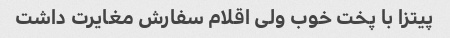
پیتزا با پخت خوب ولی اقلام سفارش مغایرت داشت